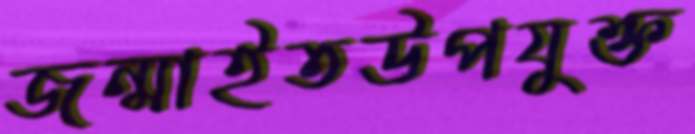
জন্মাইতউপযুক্ত